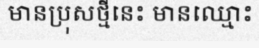
មានប្រុសថ្មីនេះ មានឈ្មោះ